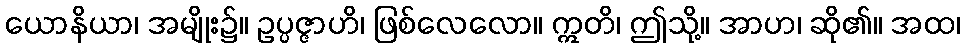
ယောနိယာ၊ အမျိုး၌။ ဥပ္ပဇ္ဇာဟိ၊ ဖြစ်လေလော။ ဣတိ၊ ဤသို့။ အာဟ၊ ဆို၏။ အထ၊